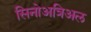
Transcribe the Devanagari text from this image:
सिनोअत्रिअल